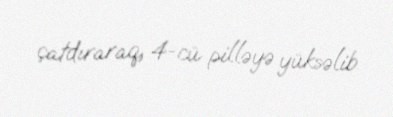
çatdıraraq, 4-cü pilləyə yüksəlib.